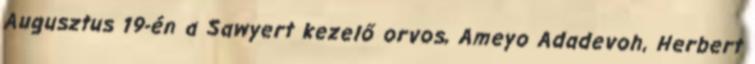
Augusztus 19-én a Sawyert kezelő orvos, Ameyo Adadevoh, Herbert